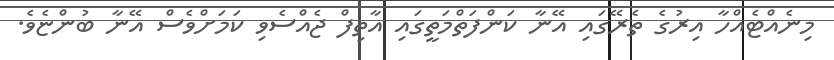
މިނެއްޓެއްހާ އިރުގެ ތެރޭގައި އޭނާ ކަންފަތްމަތީގައި އާތިފް ޖެއްސެވި ކަމަށްވެސް އޭނާ ބުންޏެވެ.